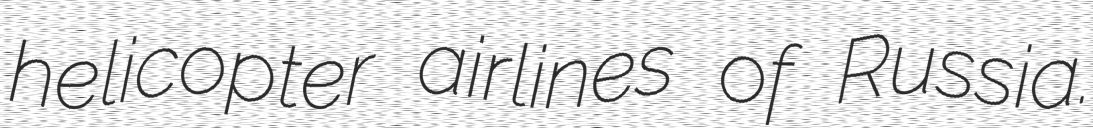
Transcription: helicopter airlines of Russia.